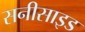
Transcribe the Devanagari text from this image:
सनीसाइड